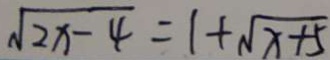
\sqrt { 2 x - 4 } = 1 + \sqrt { x + 5 }